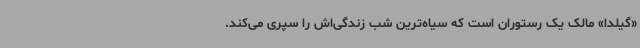
«گیلدا» مالک یک رستوران است که سیاه‌ترین شب زندگی‌اش را سپری می‌کند.